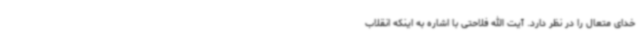
خدای متعال را در نظر دارد. آیت الله فلاحتی با اشاره به اینکه انقلاب